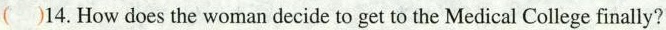
()14. How does the woman decide to get to the Medical College finally?